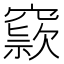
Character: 𥧾